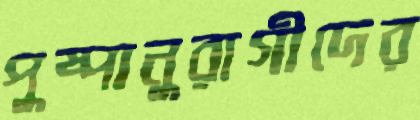
পুষ্পানুরাগীদের